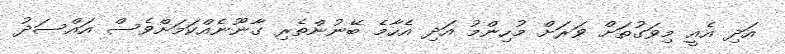
އަދި އެއީ މިވަގުތަށް ވަރަށް މުހިންމު އަދި އެހާމެ ބޭނުންތެރި ގާނޫނެއްކަމަށްވެސް އައްސަދު